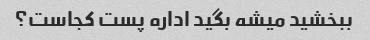
ببخشید میشه بگید اداره پست کجاست؟